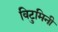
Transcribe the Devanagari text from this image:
विटुमिनी